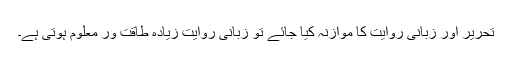
تحریر اور زبانی روایت کا موازنہ کیا جائے تو زبانی روایت زیادہ طاقت ور معلوم ہوتی ہے۔